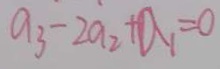
a _ { 3 } - 2 a _ { 2 } + a _ { 1 } = 0